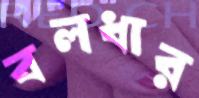
বলধার